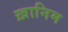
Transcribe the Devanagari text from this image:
ख़ानिम